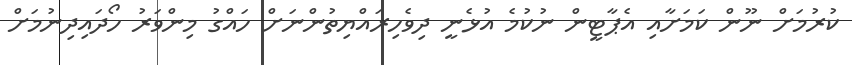
ކުރުމަށް ނޫން ކަމަށާއި އެޕާޓީން ނުކުމެ އުޅެނީ ދިވެހިރައްޔިތުންނަށް ހައްގު މިންވަރު ހޯދައިދިނުމަށް